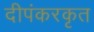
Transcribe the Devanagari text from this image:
दीपंकरकृत